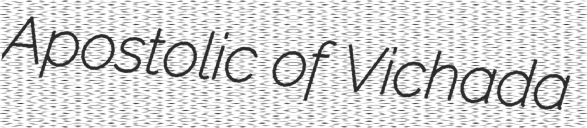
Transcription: Apostolic of Vichada